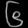
Digit: ၆